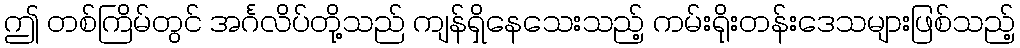
ဤ တစ်ကြိမ်တွင် အင်္ဂလိပ်တို့သည် ကျန်ရှိနေသေးသည့် ကမ်းရိုးတန်းဒေသများဖြစ်သည့်